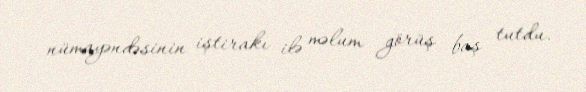
nümayəndəsinin iştirakı ilə məlum görüş baş tutdu.